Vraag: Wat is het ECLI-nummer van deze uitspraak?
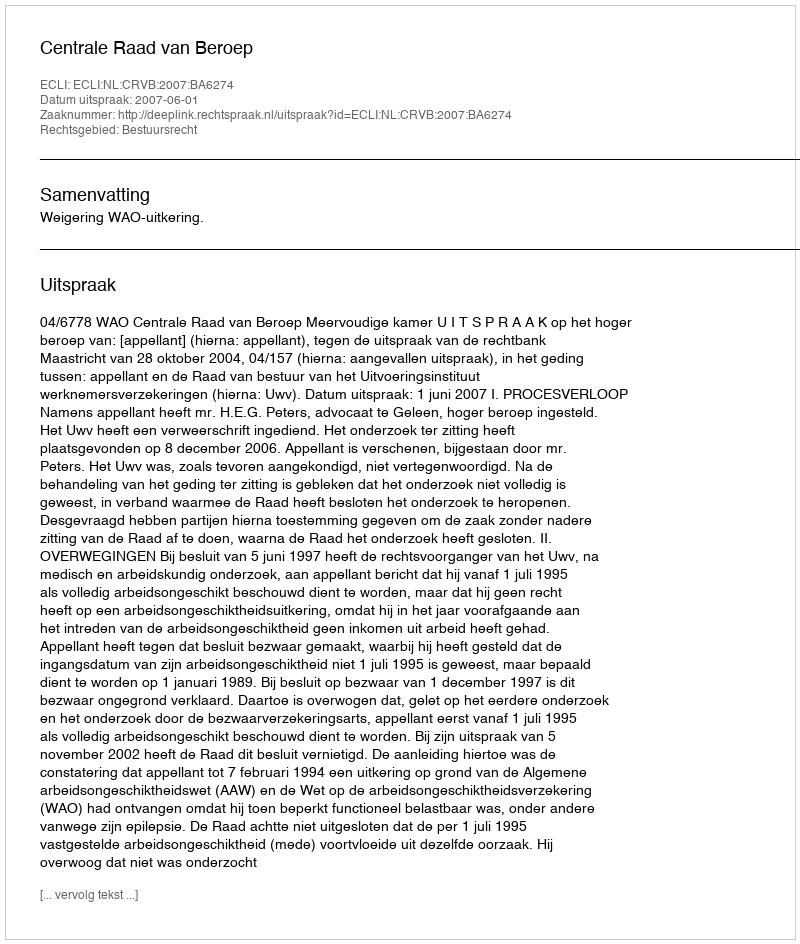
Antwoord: ECLI:NL:CRVB:2007:BA6274